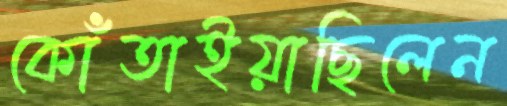
কোঁতাইয়াছিলেন